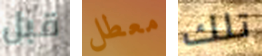
قبل معطل تلك